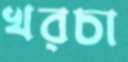
খরচা